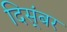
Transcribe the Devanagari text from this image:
दिस्ंबर